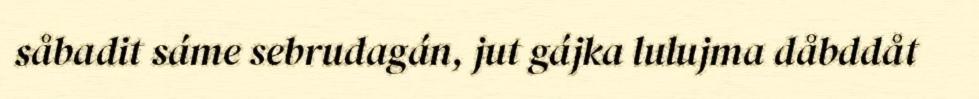
såbadit sáme sebrudagán, jut gájka lulujma dåbddåt